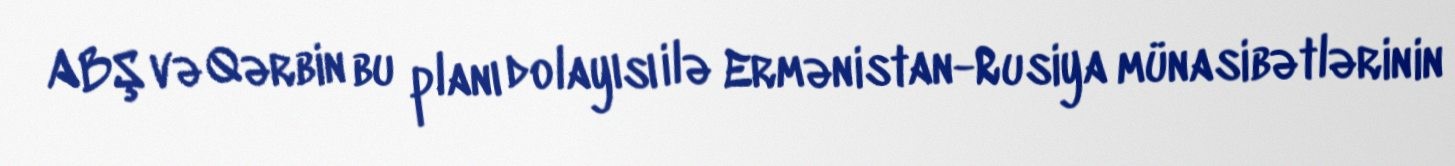
ABŞ və Qərbin bu planı dolayısı ilə Ermənistan-Rusiya münasibətlərinin